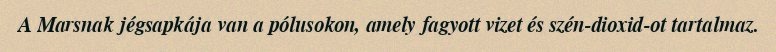
A Marsnak jégsapkája van a pólusokon, amely fagyott vizet és szén-dioxid-ot tartalmaz.